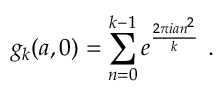
g _ { k } ( a , 0 ) = \sum _ { n = 0 } ^ { k - 1 } e ^ { \frac { 2 \pi i a n ^ { 2 } } { k } } ~ .